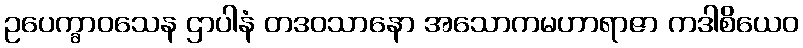
ဥပေက္ခာဝသေန ဌာပါနံ တဒဝသာနော အသောကမဟာရာဇာ ကဒါစိယေဝ